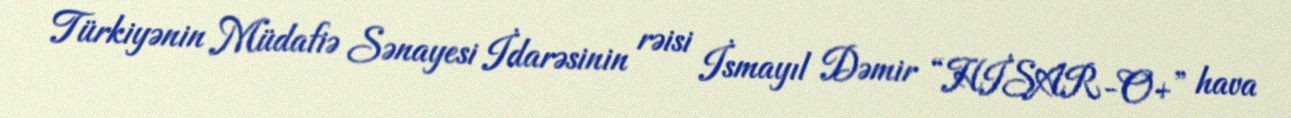
Türkiyənin Müdafiə Sənayesi İdarəsinin rəisi İsmayıl Dəmir “HİSAR-O+” hava